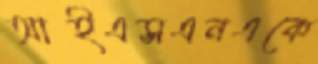
আইএসএনএকে